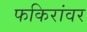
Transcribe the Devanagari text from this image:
फकिरांवर